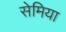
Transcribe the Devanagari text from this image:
सेमिया